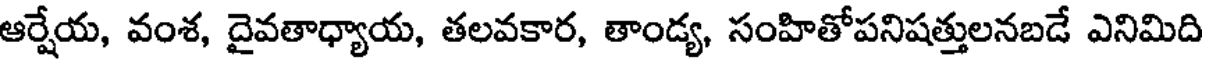
ఆర్షేయ, వంశ, దైవతాధ్యాయ, తలవకార, తాండ్య, సంహితోపనిషత్తులనబడే ఎనిమిది